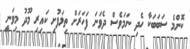
ކޮންމެ ސަބަބަކާ ހެދި ނަމަވެސް ދެވަނަ ފަހަރަށް ތިލަފުށި ކައިރި މޫދު މިވަނީ